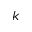
k